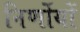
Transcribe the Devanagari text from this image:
निर्णोयों